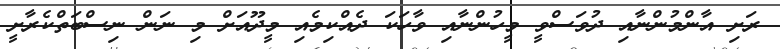
ރަށި އާންމުންނާއި ދުވަސްވީ މީހުންނާއި ވާހަކަ ދެއްކިމެއި މީދޫއަށް މި ނަން ނިސްބަތްކެރާށީ